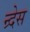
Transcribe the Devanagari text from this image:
न्र्देस